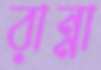
রান্না